Annual report on the working of the lock hospitals in the Central Provinces
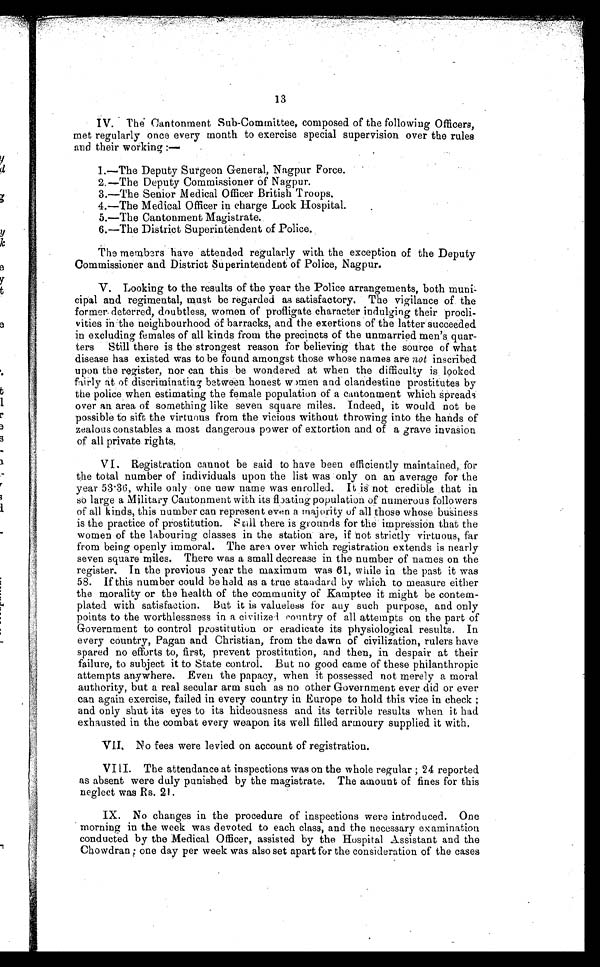
13
I V . T h e C a n t o n m e n t S u b - C o m m i t t e e , c o m p o s e d o f t h e f o l l o w i n g O f f i c e r s ,
met regularly once every month to exercise special supervision over the rules
and their working :—
1.—The Deputy Surgeon General, Nagpur Force.
2.—The Deputy Commissioner of Nagpur.
3.—The Senior Medical Officer British Troops.
4.—The Medical Officer in charge Lock Hospital.
5.—The Cantonment Magistrate.
6.—The District Superintendent of Police.
The members have attended regularly with the exception of the Deputy
Commissioner and District Superintendent of Police, Nagpur.
V. Looking to the results of the year the Police arrangements, both mun
icipal and regimental, must be regarded as satisfactory. The vigilance of the
former. deterred, doubtless, women of profligate character indulging their procli
vities in the neighbourhood of barracks, and the exertions of the latter succeeded
in excluding females of all kinds, from the precincts of the unmarried men's , quar
ters Still there is the strongest reason for believing that the source of what
disease has existed was to be found amongst those whose names are not inscribed
upon the register, nor can this be wondered at when the difficulty is looked
fairly at of discriminating between honest women and clandestine prostitutes by
the police when estimating the female population of a cantonment which spreads
over an area of something like seven square miles. Indeed, it would not be
possible to sift the virtuous from the vicious without throwing into the hands of
zealous constables a most dangerous power of extortion and of a grave invasion
of all private rights
.
VI. Registration cannot be said to have been efficiently maintained, for
the total number of individuals upon the list was only on an average for the
year 53·36, while only one new name was enrolled. It is not credible that in
so large a Military Cantonment with its floating population of numerous followers
of all kinds, this number can represent even a majority of all those whose business
is the practice of prostitution. Still there is grounds for the impression that the
women of the labouring classes in the station are, if not strictly virtuous, far
from being openly immoral. The area over which registration extends is nearly
seven square miles. There was a small decrease in the number of names on the
register. In the previous year the maximum was 61, while in the past it was
58. If this number could be held as a true standard by which to measure either
the morality or the health of the community of Kamptee it might be contem
plated with satisfaction. But it is valueless for any such purpose, and only
points to the worthlessness in a civilized country of all attempts on the part of
Government to control prostitution or eradicate its physiological results. In
every country, Pagan and Christian, from the dawn of civilization, rulers have
spared no efforts to, first, prevent prostitution, and then, in despair at their
failure, to subject it to State control. But no good came of these philanthropic
attempts anywhere. Even the papacy, when it possessed not merely a moral
authority, but a real secular arm such as no other Government ever did or ever
can again exercise, failed in every country in Europe to hold this vice in check ;
and only shut its eyes to its hideousness and its terrible results when it had
exhausted in the combat every weapon its well filled armoury supplied it with,
VII. No fees were levied on account of registration.
VIII. The attendance at inspections was on the whole regular ; 24 reported
as absent were duly punished by the magistrate. The amount of fines for this
neglect was Rs. 21.
IX. No changes in the procedure of inspections were introduced. One
morning in the week was devoted to each class, and the necessary examination
conducted by the Medical Officer, assisted by the Hospital Assistant and the
Chowdran ; one day per week was also set apart for the consideration of the cases